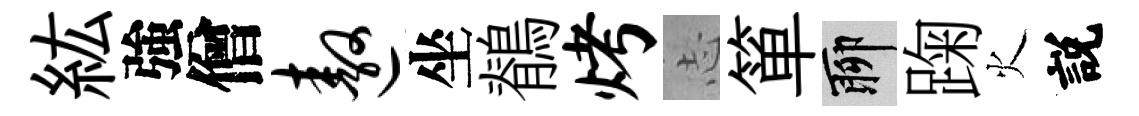
紘強僧遨坐鶺烤𢖽箪聊踘火説